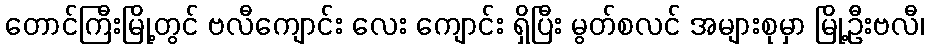
တောင်ကြီးမြို့တွင် ဗလီကျောင်း လေး ကျောင်း ရှိပြီး မွတ်စလင် အများစုမှာ မြို့ဦးဗလီ၊